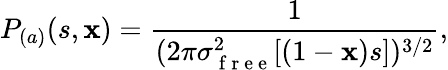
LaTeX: P_{(a)}(s,\mathbf{x})=\frac{{1}}{{(2\pi\sigma_{\mathrm{{~f~r~e~e~}}}^{2}[(1-\mathbf{x})s])^{3/2}}},